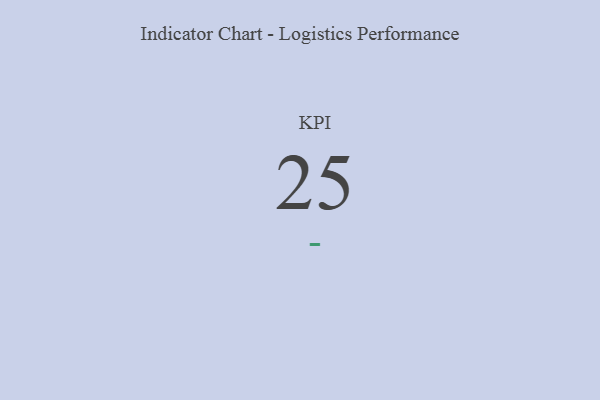
{"axis": {"x": "KPI", "y": "Value"}, "legend": [""], "data": [{"x": "KPI", "y": 25, "type": ""}]}